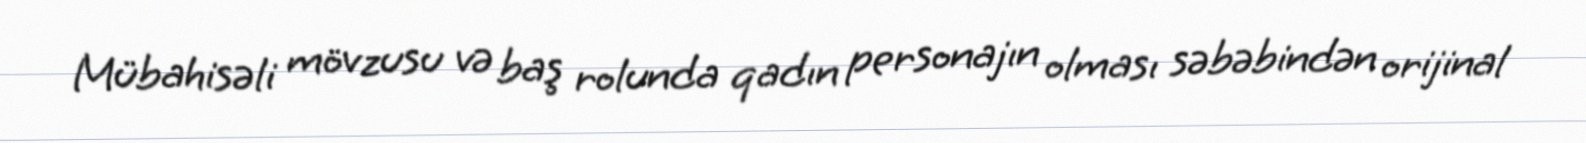
Mübahisəli mövzusu və baş rolunda qadın personajın olması səbəbindən orijinal